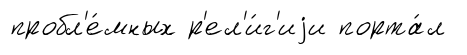
пробл'е́мных р'ел'и́г'иjи порта́л